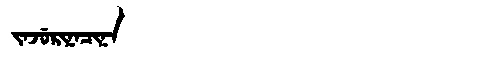
Manchu: ᠵᠠᠵᡠᡵᡳᠨᠠᠴᡳᠨᠠ
Romanization: JAJURINACINA